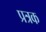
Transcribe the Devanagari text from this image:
प्रत्रक